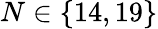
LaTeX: N\in\{ 14,19\}